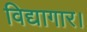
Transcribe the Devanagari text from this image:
विद्यागार।